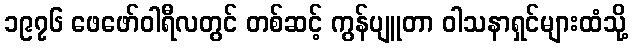
၁၉၇၆ ဖေဖော်ဝါရီလတွင် တစ်ဆင့် ကွန်ပျူတာ ဝါသနာရှင်များထံသို့